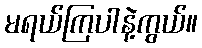
မရယ်ကြပါနဲ့ကွယ်။